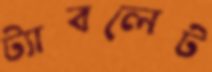
ট্যাবলেট